Vaccination in Burma 1920-1933 - 1920-1933
Year: 1920
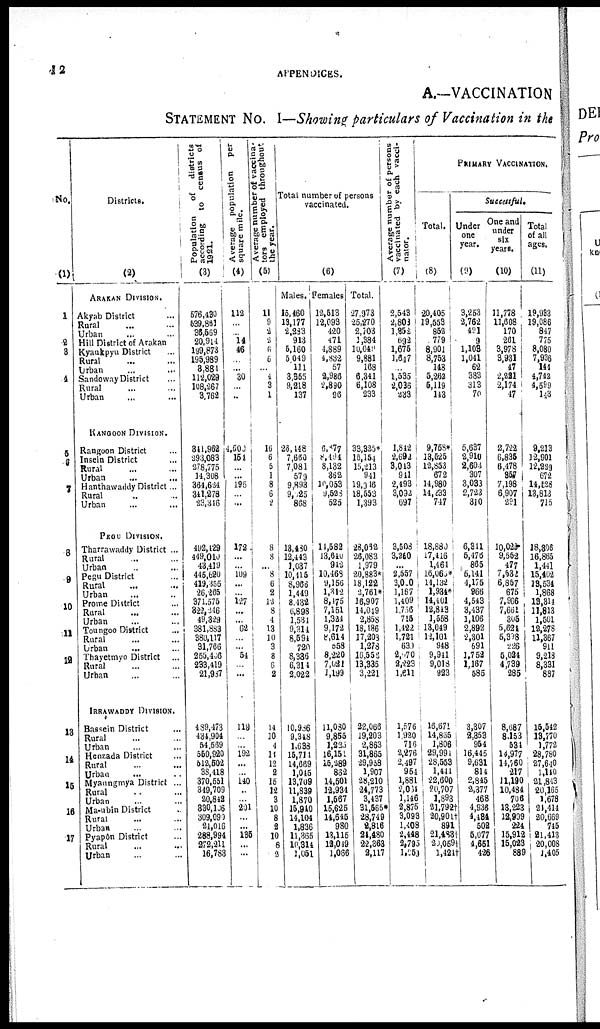
12
APPENDICES.
A.—VACCINATION
STATEMENT No. I—Showing particulars of Vaccination in the
No.
(1)
1
2 3
4
5
6
7
6
9
10
11
12
13
14
15
16
17
Districts.
(2)
ARAKAN DIVISION.
Akyab District ...
Rural ... ...
Urban ... ...
Hill District of Arakan
Kyaukpyu District ...
Rural ... ...
Urban ... ...
Sandoway District ...
Rural ... ...
Urban ... ...
KANGOON DIVISION.
Rangoon District ...
Insein District ...
Rural ... ...
Urban ... ...
Hanthawaddy District ...
Rural ... ...
Urban ... ...
PEGU DIVISION.
Tharrawaddy District ...
Rural ... ...
Urban ... ...
Pegu District ...
Rural ... ...
Urban ... ...
Prome District ...
Rural ... ...
Urban ... ...
Toungoo District ...
Rural ... ...
Urban ... ...
Thayetmyo District
...
Rural
... ...
Urban ... ...
IRRAWADDY DIVISION.
Bassein District ...
Rural ... ...
Urban ... ...
Henzada District ...
Rural ... ...
Urban ... ...
Myaungmya District ...
Rural ... ...
Urban ... ...
Ma-ubin District ...
Rural ... ...
Urban ... ...
Pyapôn District ...
Rural ... ...
Urban ... ...
Population
of districts
according to census of
1921.
(3)
576,430
539,861
36,569
20,914
199,873
195,989
3,881
1112,029
108,267
3,762
841,962
293,083
278,775
14,308
364,634
341,278
23,346
192,129
449,010
43,419
446,620
419,355
26,265
371,575
822,246
49,329
381,883
380,117
31,766
255,466
233,419
21,937
489,473
434,904
54,569
550,920
512,502
38,418
370,551
349,709
20,842
830,106
309,099
21,016
288,994
272,211
16,783
Average population per
square mile.
(4)
112
...
...
14
46
...
... 30
...
...
4,500
154
...
...
195
...
...
172
...
...
109
...
...
127
...
... 62
...
...
54
...
...
119
...
...
192
...
...
140
...
...
201
...
...
135
...
...
Average number of vaccina-
tors employed throughout
the year.
(5)
11
9
2
2
6
6
...
4
3
1
16
6
5
1
8
6
2
8
8
... 8
6
2
12
8
4
13
10
3
8
6
2
14
10
4
11
12
2
15
12
3
10
8
2
10
8
2
Total number of persons
vaccinated.
(6)
Males.
15,460
13,177
2,283
913
5,160
5,049
111
3,355
9,218
137
28,148
7,660
7,081
579
9,893
9,125
868
13,480
12,443
1,037
10,415
8,966
1,449
8,432
6,898
1,534
9,314
8,591
720
8,336
6,314
2,022
10,936
9,318
1,633
15,711
14,669
1,045
13,709
11,839
1,870
15,940
14,104
1,836
11,365
10,314
1,051
Females
12,513
12,093
420
471
1,889
4,832
57
2,986
2,890
96
6,477
8,494
8,132
362
10,053
9,638
525
11,582
13,640
942
10,468
9,156
1,312
8,475
7,151
1,324
9,172
8,614
658
8,220
7,031
1,199
11,030
9,855
1,233
16,151
15,289
832
14,501
12,934
1,567
15,625
14,645
980
13,115
12,049
1,066
Total.
27,973
25,270
2,203
1,384
10,049
9,881
168
6,341
6,108
233
33,325*
18,154
15,213
941
19,916
18,553
1,393
28,032
26,083
1,979
20,883*
18,122
2,761*
16,907
14,049
2,858
18,186
17,203
1,278
16,556
13,335
3,221
22,066
19,203
2,863
31,865
29,958
1,907
28,210
24,773
3,437
31,665*
28,749
2,816
21,480
22,363
2,117
Average number of persons
vaccinated by each vacci-
nator.
(7)
2,543
2,803
1,852
692
1,675
1,647
...
1,535
2,036
233
1,812
2,692
3,043
941
2,493
3,092
697
3,503
3,260
...
2,557
3,000
1,167
1,409
1,756
715
1,422
1,721
630
2,070
2,223
1,611
1,576
1,920
716
2,276
2,497
954
1,881
2,034
1,146
2,875
3,093
1,408
2,448
2,795
l,050
PRIMARY VACCINATION.
Total.
(8)
1
20,405
19,553
862
779
8,901
8,753
143
5,262
5,119
143
9,758*
18,525
12,853
672
14,980
14, 233
747
18,880
17,416
1,464
16,060*
14,132
1,934*
14,401
12,813
1,558
13,049
12,101
948
9,941
9,018
923
16,671
14,865
1,806
29,994
28,553
1,441
22,600
20,707
1,893
21,792†
20,901†
891
21,483†
20,059
1,424†
Successful.
Under
one
year.
(9)
3,253
2,762
491
9
1,103
1,041
62
383
313
70
5,637
2,910
2,603
307
3,033
2,723
310
6,311
5,476
865
5,141
4,175
966
4,543
3,437
1,106
2,892
2,301
691
1,752
1,167
585
3,307
2,353
954
16,445
9,631
814
2,845
2,377
468
4,936
4,484
502
5,077
4,651
426
One and
under
six
years.
(10)
11,778
11,608
170
261
3,978
3,931
47
2,221
2,174
47
2,722
6,835
6,478
357
7,198
6,907
291
10,023
9,552
477
7,532
6,857
675
7,966
7,661
305
5,624
5,398
226
5,024
4,739
285
8,687
8,153
534
14,977
14,760
217
11,190
10,484
706
13,223
12,999
224
15,912
15,023
889
Total
of all
ages.
(11)
19,933
19,086
847
775
8,080
7,936
144
4,742
4,599
143
9,213
12,901
12,229
672
14,528
13,813
715
18,896
16,865
1,441
15,402
13,534
1,868
13,314
11,813
1,501
12,278
11,367
911
9,218
8,331
887
15,542
13,770
1,772
28,780
27,640
1,140
21,843
20,165
1,678
21,414
20,669
745
91,413
20,008
1,405